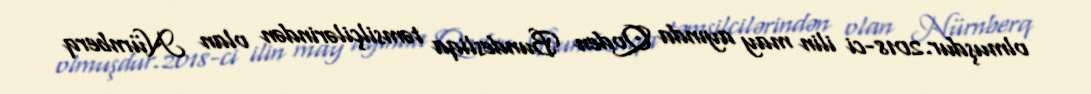
olmuşdur.2018-ci ilin may ayında Qoden Bundesliqa təmsilçilərindən olan Nürnberq